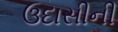
ઉદાસીની